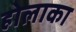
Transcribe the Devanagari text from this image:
होलाका